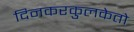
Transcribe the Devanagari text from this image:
दिनकरकुलकेतो